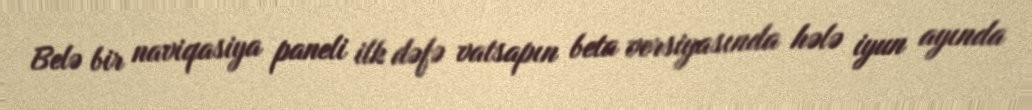
Belə bir naviqasiya paneli ilk dəfə vatsapın beta versiyasında hələ iyun ayında